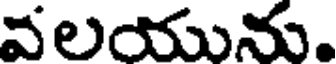
వలయును.